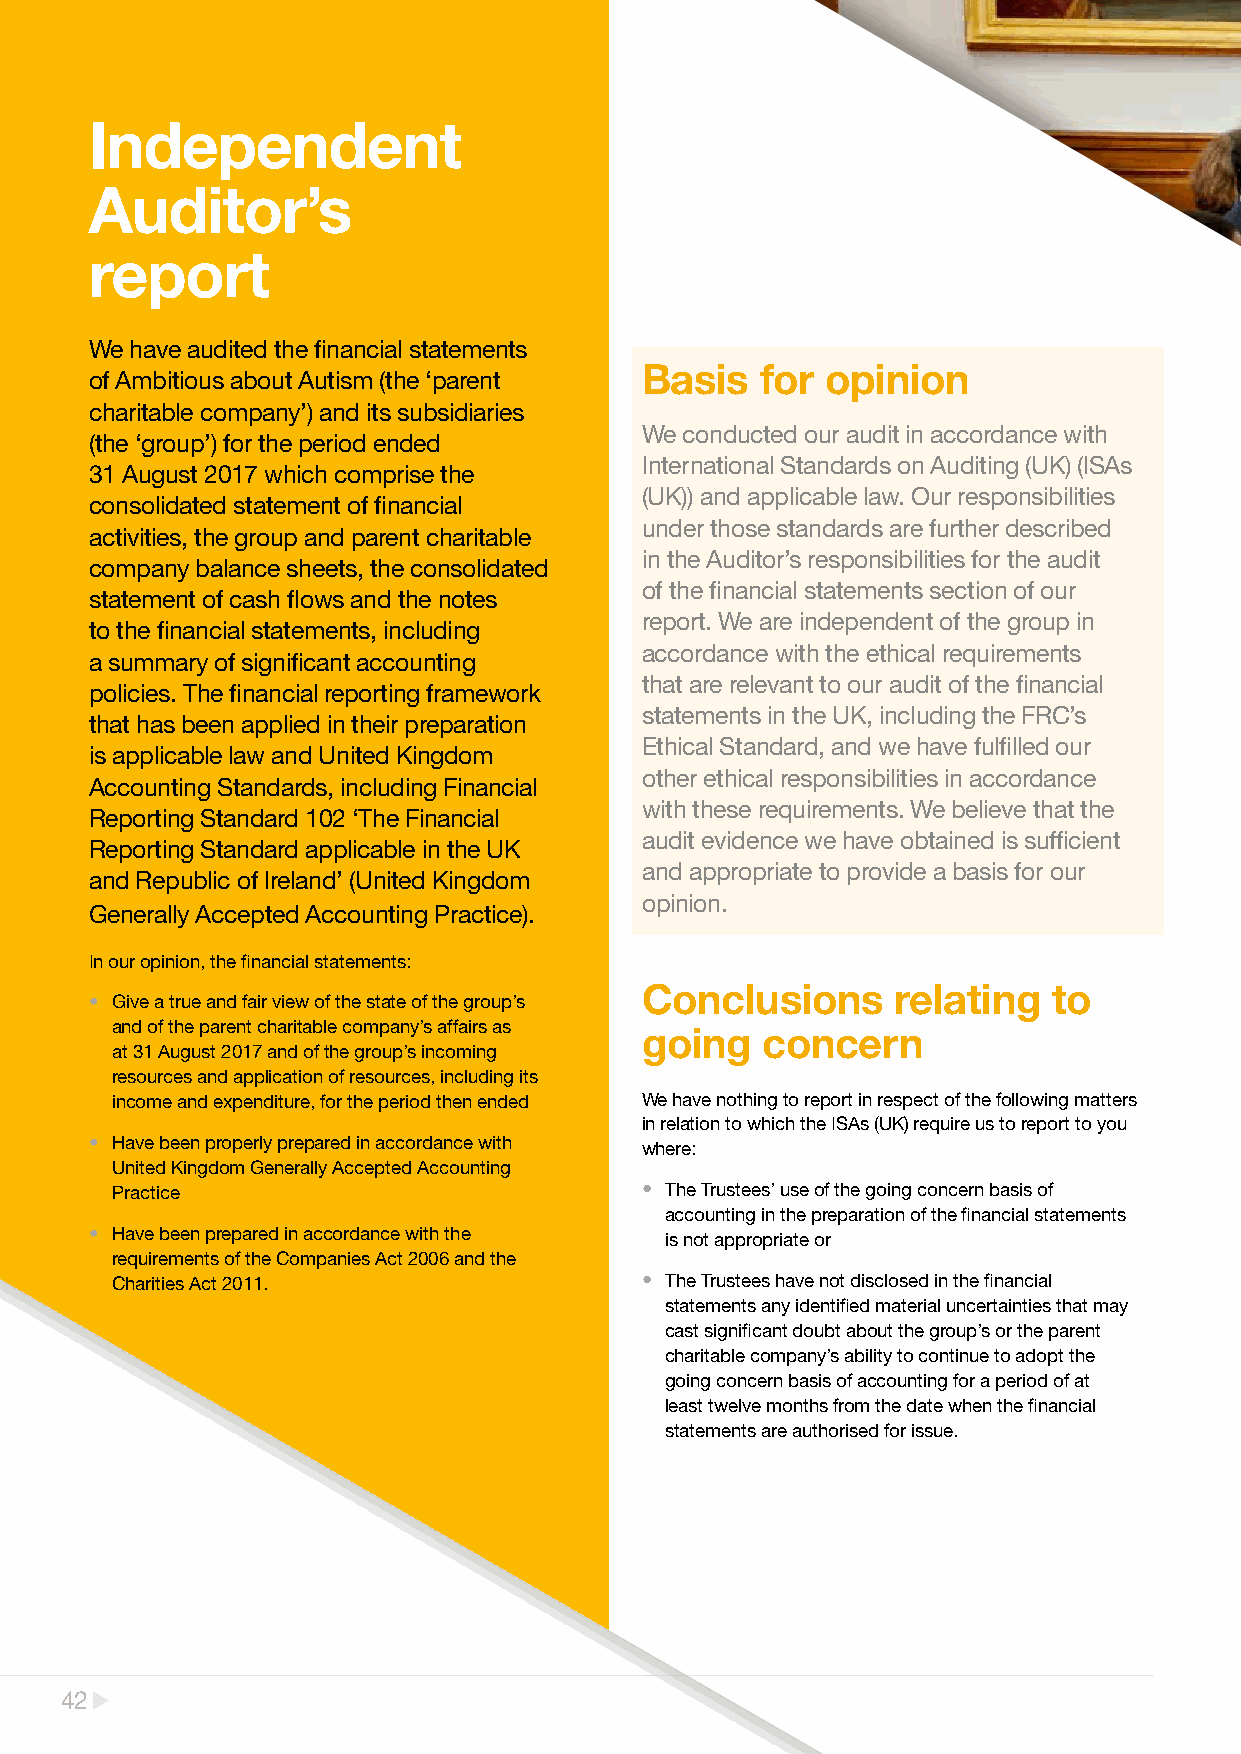
Independent
 Auditor’s
 report
 We have audited the financial statements
 Basis   for  opinion
 of Ambitious about Autism (the ‘parent
 charitable company’) and its subsidiaries
 We conducted our audit in accordance with
 (the ‘group’) for the period ended
 International Standards on Auditing (UK) (ISAs
 31 August 2017 which comprise the
 (UK)) and applicable law. Our responsibilities
 consolidated statement of financial
 under those standards are further described
 activities, the group and parent charitable
 in the Auditor’s responsibilities for the audit
 company balance sheets, the consolidated
 of the financial statements section of our
 statement of cash flows and the notes
 report. We are independent of the group in
 to the financial statements, including
 accordance with the ethical requirements
 a summary of significant accounting
 that are relevant to our audit of the financial
 policies. The financial reporting framework
 statements in the UK, including the FRC’s
 that has been applied in their preparation
 Ethical Standard, and we have fulfilled our
 is applicable law and United Kingdom
 other ethical responsibilities in accordance
 Accounting Standards, including Financial
 with these requirements. We believe that the
 Reporting Standard 102 ‘The Financial
 audit evidence we have obtained is sufficient
 Reporting Standard applicable in the UK
 and appropriate to provide a basis for our
 and Republic of Ireland’ (United Kingdom
 opinion.
 Generally Accepted Accounting Practice).
 In our opinion, the financial statements:
 Conclusions      relating   to
 • Give a true and fair view of the state of the group’s
 and of the parent charitable company’s affairs as
 going   concern
 at 31 August 2017 and of the group’s incoming
 resources and application of resources, including its
 income and expenditure, for the period then ended We have nothing to report in respect of the following matters
 in relation to which the ISAs (UK) require us to report to you
 • Have been properly prepared in accordance with where:
 United Kingdom Generally Accepted Accounting
 Practice                           • The Trustees’ use of the going concern basis of
 accounting in the preparation of the financial statements
 • Have been prepared in accordance with the is not appropriate or
 requirements of the Companies Act 2006 and the
 Charities Act 2011.                • The Trustees have not disclosed in the financial
 statements any identified material uncertainties that may
 cast significant doubt about the group’s or the parent
 charitable company’s ability to continue to adopt the
 going concern basis of accounting for a period of at
 least twelve months from the date when the financial
 statements are authorised for issue.
 42